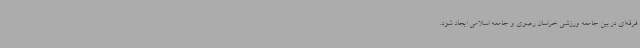
فرقه‌ای در بین جامعه ورزشی خراسان رضوی و جامعه اسلامی ایجاد شود.